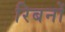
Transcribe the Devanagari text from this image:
रिबनों